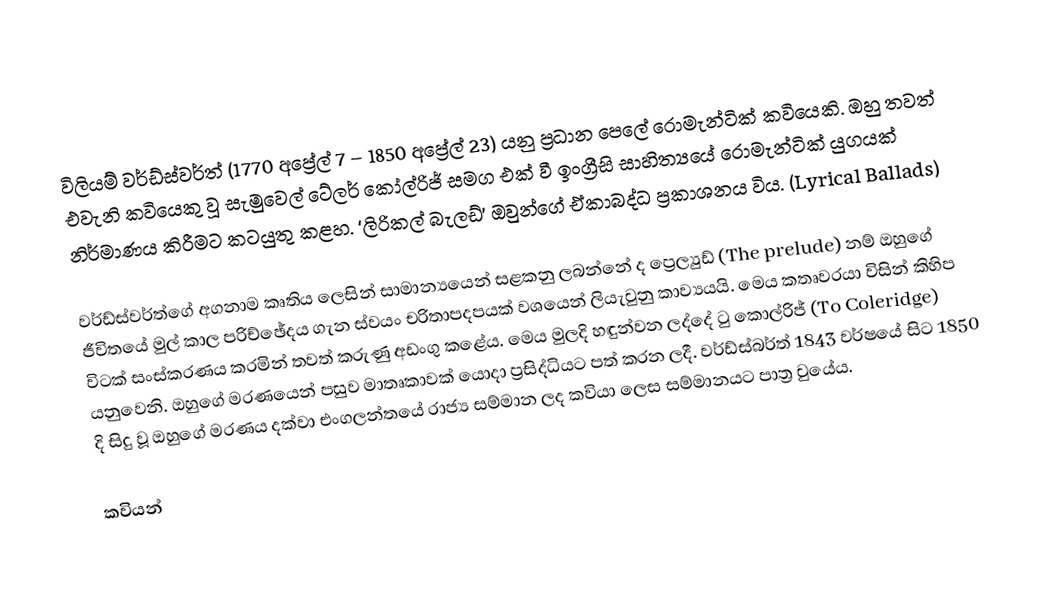
විලියම් වර්ඩ්ස්වර්ත් (1770 අප්‍රේල් 7 – 1850 අප්‍රේල් 23)  යනු ප්‍රධාන පෙලේ රොමැන්ටික් කවියෙකි. ඔහු තවත් එවැනි කවියෙකු වූ සැමුවෙල් ටේලර් කෝල්රිජ් සමග එක් වී ඉංග්‍රීසි සාහිත්‍යයේ රොමැන්ටික් යුගයක් නිර්මාණය කිරීමට කටයුතු කළහ. ‘ලිරිකල් බැලඩ්’ ඔවුන්ගේ ඒකාබද්ධ ප්‍රකාශනය විය. (Lyrical Ballads)

වර්ඩ්ස්වර්ත්ගේ අගනාම කෘතිය ලෙසින් සාමාන්‍යයෙන් සළකනු ලබන්නේ ද ප්‍රෙල්‍යුඩ් (The prelude) නම් ඔහුගේ ජීවිතයේ මුල් කාල පරිච්ඡේදය ගැන ස්වයං චරිතාපදපයක් වශයෙන් ලියැවුනු කාව්‍යයයි. මෙය කතෘවරයා විසින් කිහිප විටක් සංස්කරණය කරමින් තවත් කරුණු අඩංගු කළේය. මෙය මුලදි හඳුන්වන ලද්දේ ටු කොල්රිජ් (To Coleridge) යනුවෙනි. ඔහුගේ මරණයෙන් පසුව මාතෘකාවක් යොදා ප්‍රසිද්ධියට පත් කරන ලදී. වර්ඩ්ස්බර්ත් 1843 වර්ෂයේ සිට 1850 දි සිදු වූ ඔහුගේ මරණය දක්වා එංගලන්තයේ රාජ්‍ය සම්මාන ලද කවියා ලෙස සම්මානයට පාත්‍ර වුයේය.

කවියන්